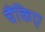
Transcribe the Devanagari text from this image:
चैंकिए